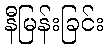
နီမြန်းခြင်း